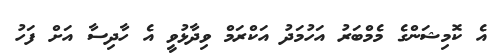
އެ ކޮމިޝަންގެ މެމްބަރު އަހުމަދު އަކްރަމް ވިދާޅުވީ އެ ހާދިސާ އަށް ފަހު